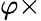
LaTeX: \varphi\times